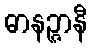
ဓာနဉ္ဇာနီ